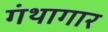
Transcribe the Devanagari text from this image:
गंथागार